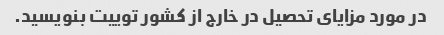
در مورد مزایای تحصیل در خارج از کشور توییت بنویسید.